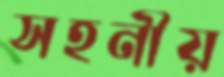
সহনীয়